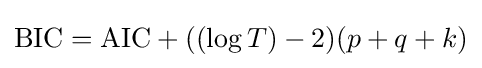
{\text{BIC}}={\text{AIC}}+((\log T)-2)(p+q+k)